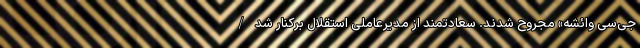
‌جی‌سی وائشه» مجروح شدند. سعادتمند از مدیرعاملی استقلال برکنار شد/